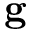
\textbf { g }